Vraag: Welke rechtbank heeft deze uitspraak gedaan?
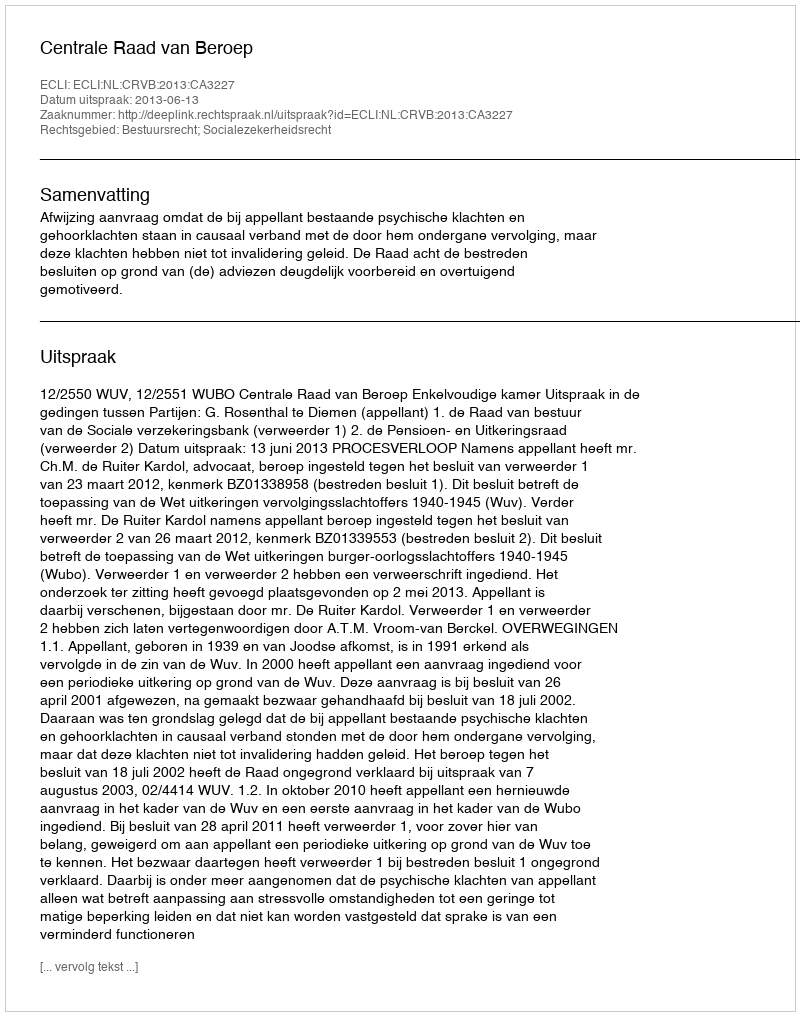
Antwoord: Centrale Raad van Beroep